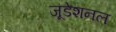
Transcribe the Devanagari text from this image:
जूडेशनल